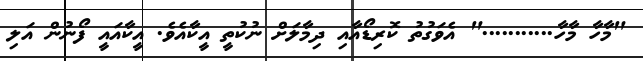
"މާހާ މާހާ..........." އެވަގުތު ކޮރިޑޯއާއި ދިމާލަށް ނުކުތީ އީކާއެވެ. އީކާއައީ ފޯނުން އަލި